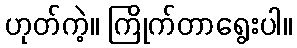
ဟုတ်ကဲ့။ ကြိုက်တာရွေးပါ။